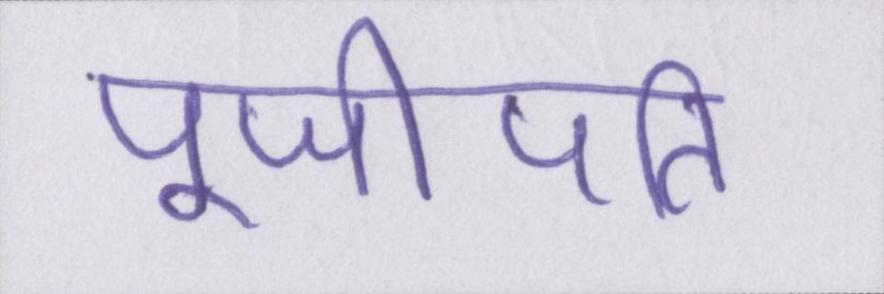
पूजीपति